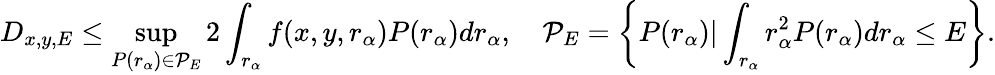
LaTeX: D_{x,y,E}\leq\operatorname*{sup}_{P(r_{\alpha})\in\mathcal{P}_{E}}2\int_{r_{\alpha}}f(x,y,r_{\alpha})P(r_{\alpha})dr_{\alpha},\quad\mathcal{P}_{E}=\left\{ P(r_{\alpha})|\int_{r_{\alpha}}r_{\alpha}^{2}P(r_{\alpha})dr_{\alpha}\leq E\right\} .